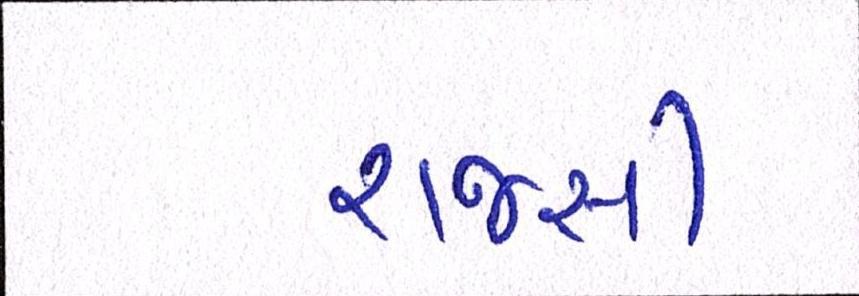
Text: રાજસી